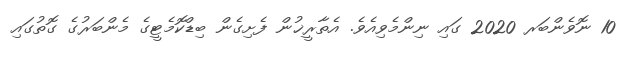
10 ނޮވެންބަރ 2020 ގައި ނިންމެވިއެވެ. އެތާރީޚުން ފެށިގެން ބިޑްކޮމެޓީގެ މެންބަރުގެ ގޮތުގައި